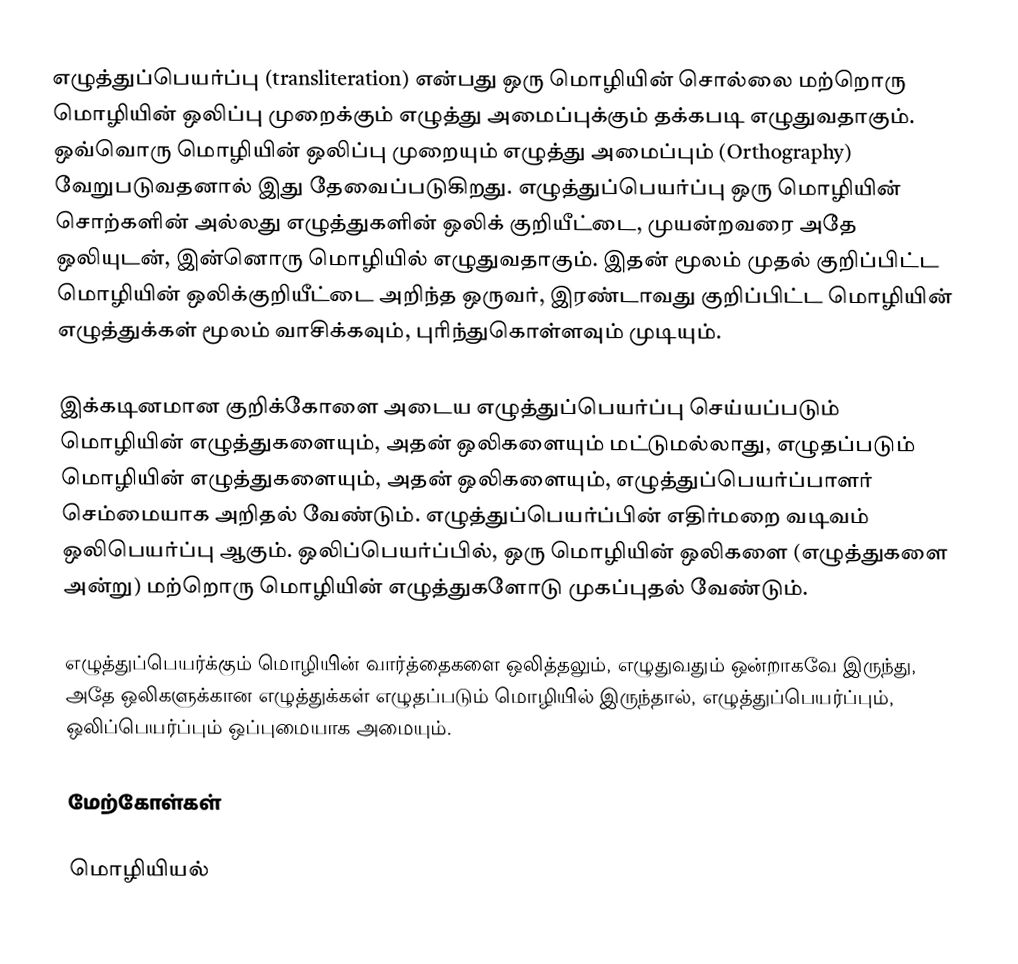
எழுத்துப்பெயர்ப்பு (transliteration) என்பது ஒரு மொழியின் சொல்லை மற்றொரு மொழியின் ஒலிப்பு முறைக்கும் எழுத்து அமைப்புக்கும் தக்கபடி எழுதுவதாகும். ஒவ்வொரு மொழியின் ஒலிப்பு முறையும் எழுத்து அமைப்பும் (Orthography) வேறுபடுவதனால் இது தேவைப்படுகிறது. எழுத்துப்பெயர்ப்பு ஒரு மொழியின் சொற்களின் அல்லது எழுத்துகளின் ஒலிக் குறியீட்டை, முயன்றவரை அதே ஒலியுடன், இன்னொரு மொழியில் எழுதுவதாகும். இதன் மூலம் முதல் குறிப்பிட்ட மொழியின் ஒலிக்குறியீட்டை அறிந்த ஒருவர், இரண்டாவது குறிப்பிட்ட மொழியின் எழுத்துக்கள் மூலம் வாசிக்கவும், புரிந்துகொள்ளவும் முடியும்.

இக்கடினமான குறிக்கோளை அடைய எழுத்துப்பெயர்ப்பு செய்யப்படும் மொழியின் எழுத்துகளையும், அதன் ஒலிகளையும் மட்டுமல்லாது, எழுதப்படும் மொழியின் எழுத்துகளையும், அதன் ஒலிகளையும், எழுத்துப்பெயர்ப்பாளர் செம்மையாக அறிதல் வேண்டும். எழுத்துப்பெயர்ப்பின் எதிர்மறை வடிவம் ஒலிபெயர்ப்பு ஆகும். ஒலிப்பெயர்ப்பில், ஒரு மொழியின் ஒலிகளை (எழுத்துகளை அன்று) மற்றொரு மொழியின் எழுத்துகளோடு முகப்புதல் வேண்டும்.

எழுத்துப்பெயர்க்கும் மொழியின் வார்த்தைகளை ஒலித்தலும், எழுதுவதும் ஒன்றாகவே இருந்து, அதே ஒலிகளுக்கான எழுத்துக்கள் எழுதப்படும் மொழியில் இருந்தால், எழுத்துப்பெயர்ப்பும், ஒலிப்பெயர்ப்பும் ஒப்புமையாக அமையும்.

மேற்கோள்கள்

மொழியியல்